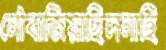
নৌবাজিয়াছিলনাহি